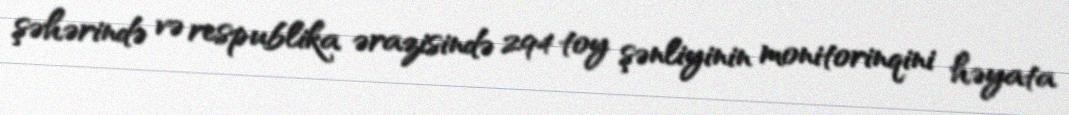
şəhərində və respublika ərazisində 294 toy şənliyinin monitorinqini həyata